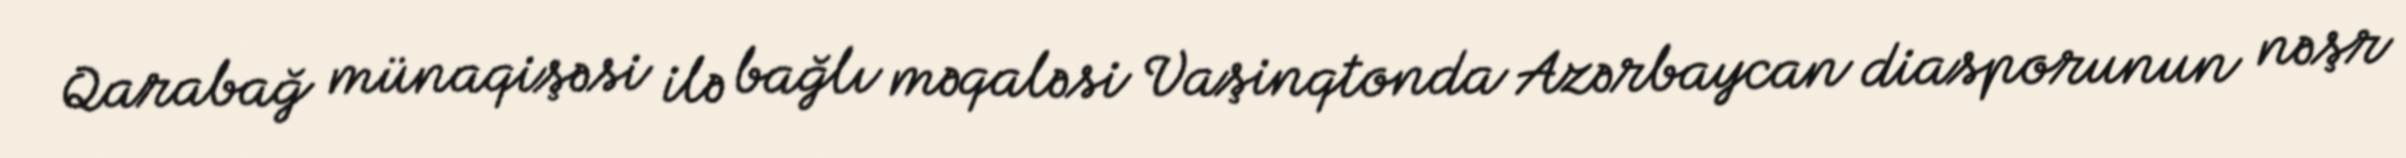
Qarabağ münaqişəsi ilə bağlı məqaləsi Vaşinqtonda Azərbaycan diasporunun nəşr